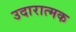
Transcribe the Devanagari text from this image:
उदारात्मक